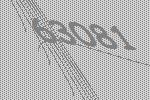
63081